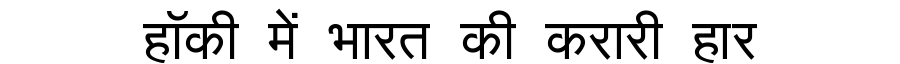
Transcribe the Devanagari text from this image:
हॉकी में भारत की करारी हार